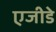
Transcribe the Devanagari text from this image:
एजीडे